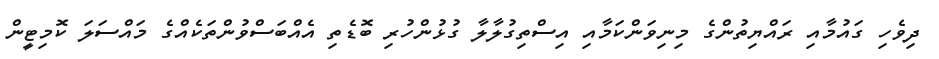
ދިވެހި ގައުމާއި ރައްޔިތުންގެ މިނިވަންކަމާއި އިސްތިގުލާލާ ގުޅުންހުރި ބޮޑެތި އެއްބަސްވުންތަކެއްގެ މައްސަލަ ކޮމިޓީން